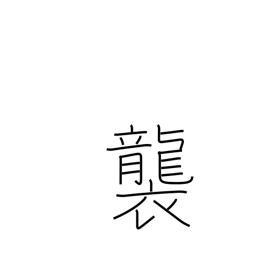
Meaning: pile